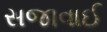
સજાવાઈ